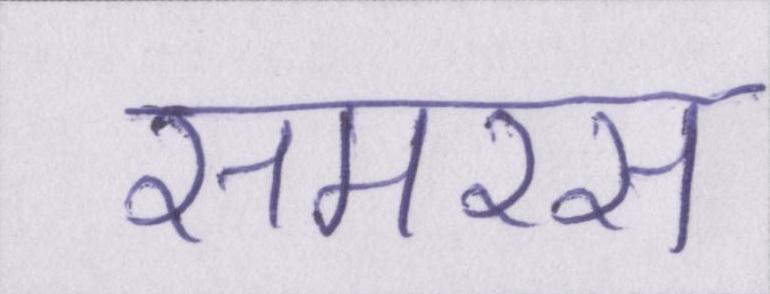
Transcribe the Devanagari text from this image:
समरस